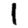
Digit: 1